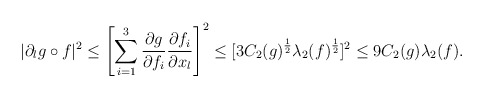
\begin{align*} |\partial_l g \circ f|^2 \leq \left[\sum_{i=1}^3 \frac{\partial g}{\partial f_i} \frac{\partial f_i}{\partial x_l}\right]^2 \leq [3C_2(g)^{\frac{1}{2}}\lambda_2(f)^{\frac{1}{2}}]^2 \leq 9 C_2(g)\lambda_2(f). \end{align*}